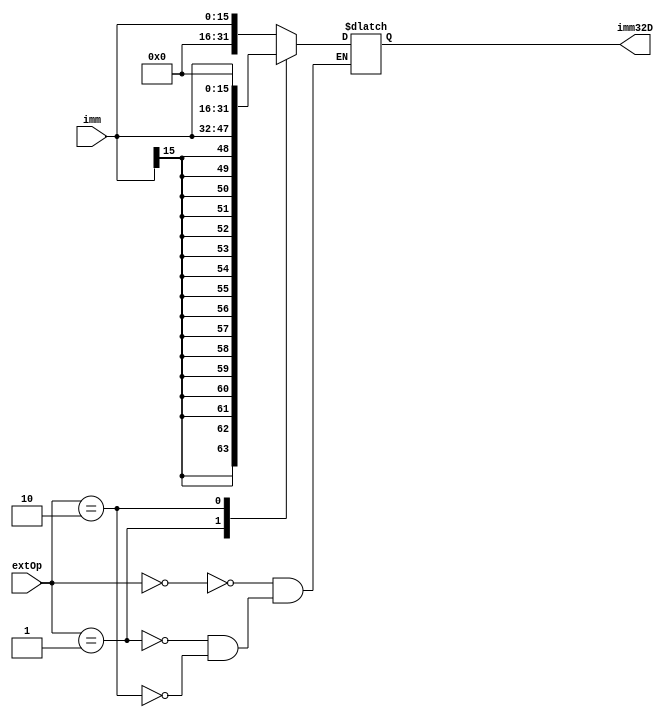
`timescale 1ns / 1ps
//////////////////////////////////////////////////////////////////////////////////
// Company: 
// Engineer: 
// 
// Design Name: 
// Module Name:    ext 
// Project Name: 
// Target Devices: 
// Tool versions: 
// Description: 
//
// Dependencies: 
//
// Revision: 
// Revision 0.01 - File Created
// Additional Comments: 
//
//////////////////////////////////////////////////////////////////////////////////
module ext(
    input [15:0] imm,
    input [2:0] extOp,
    output reg [31:0] imm32D
    );
    always@(*)begin
	    case(extOp)
          3'b000:imm32D = 	{{16{1'b0}},imm};
          3'b001:imm32D = {{16{imm[15]}},imm};
          3'b010:imm32D = {imm,16'h0};			 
		 endcase
	 end

endmodule